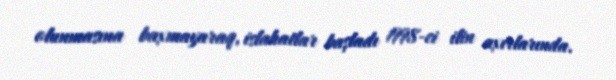
olunmasına baxmayaraq, islahatlar başladı 1998-ci ilin axırlarında.